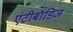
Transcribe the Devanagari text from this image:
एंटीबॉडिज